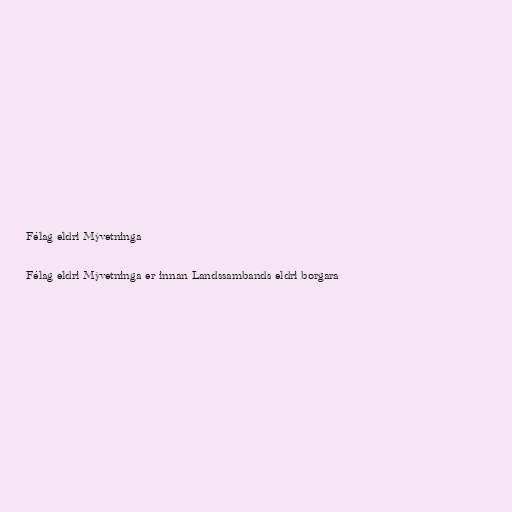
Félag eldri Mývetninga

Félag eldri Mývetninga er innan Landssambands eldri borgara